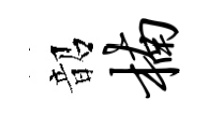
韶楠